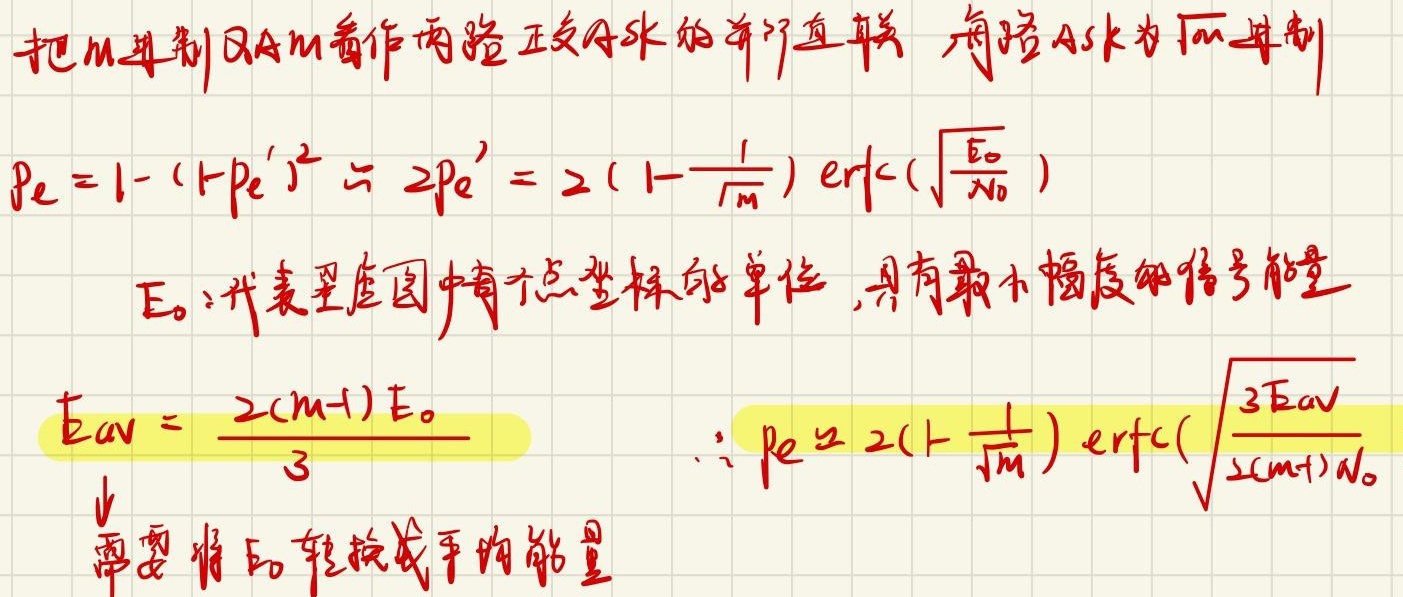
把$M$进制QAM看作两路正交码的并行直联，每路ASK为$\sqrt{M}$进制
\[
P_e = 1 - (1 - P_e')^2 \approx 2P_e' = 2\left(1 - \frac{1}{\sqrt{M}}\right) \text{erfc}\left(\sqrt{\frac{E_0}{N_0}}\right)
\]
$E_0$：代表星座图中每个点坐标的单位，具有最小幅度的信号能量
\[
E_{av} = \frac{2(M - 1)E_0}{3}
\]
\[
\therefore P_e \approx 2\left(1 - \frac{1}{\sqrt{M}}\right) \text{erfc}\left(\sqrt{\frac{3E_{av}}{2(M - 1)N_0}}\right)
\]
需要将$E_0$转换成平均能量